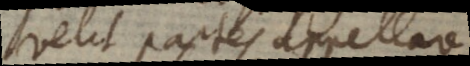
velit partes appellare